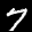
Digit: 7